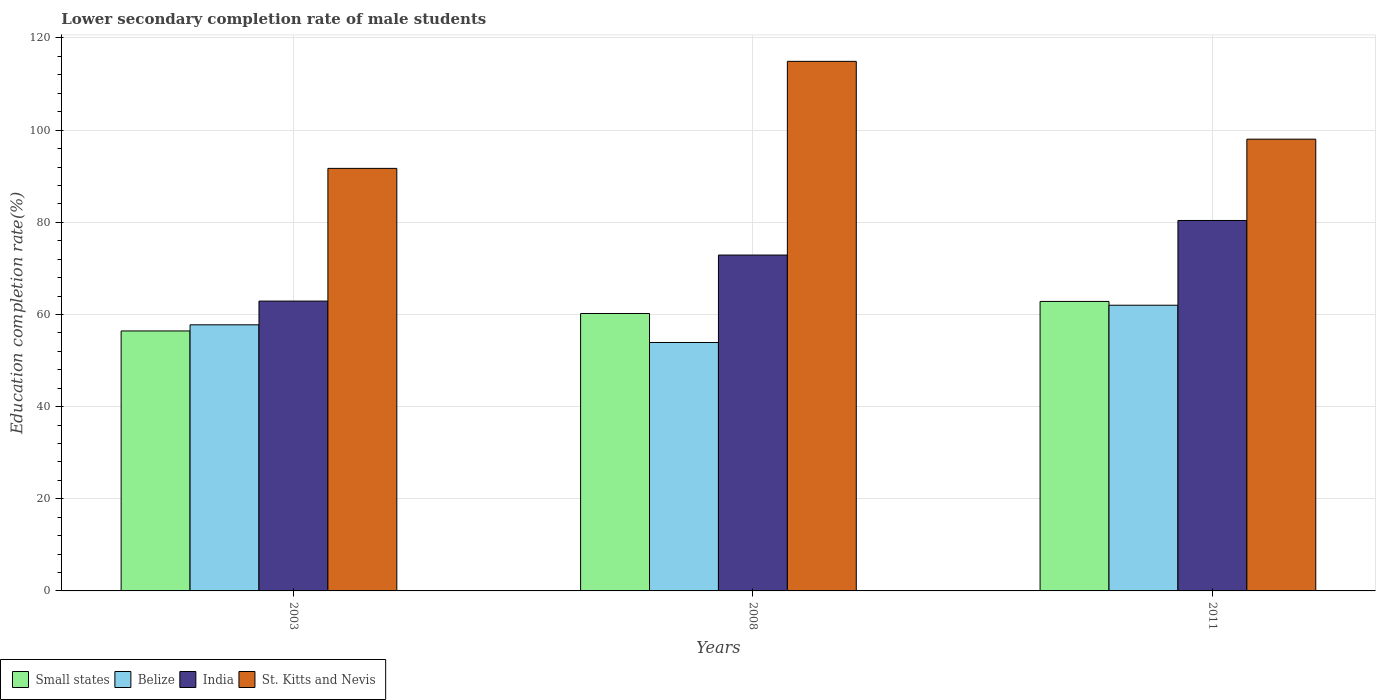
| Years | Small states | Belize | India | St. Kitts and Nevis |
 | --- | --- | --- | --- | --- |
 | 2003 | 56.4 | 57.7 | 62.9 | 91.7 |
 | 2008 | 60.2 | 53.9 | 72.9 | 115 |
 | 2011 | 62.8 | 62 | 80.4 | 98 |